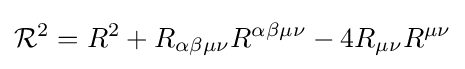
{\mathcal {R}}^{2}=R^{2}+R_{\alpha \beta \mu \nu }R^{\alpha \beta \mu \nu }-4R_{\mu \nu }R^{\mu \nu }